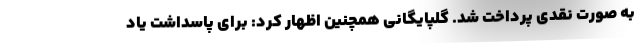
به صورت نقدی پرداخت شد. گلپایگانی همچنین اظهار کرد: برای پاسداشت یاد